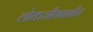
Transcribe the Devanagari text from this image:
लोकजीवनातील